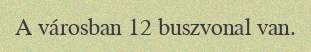
A városban 12 buszvonal van.